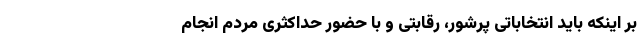
بر اینکه باید انتخاباتی پرشور، رقابتی و با حضور حداکثری مردم انجام